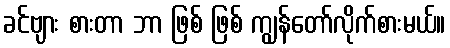
ခင်ဗျား စားတာ ဘာ ဖြစ် ဖြစ် ကျွန်တော်လိုက်စားမယ်။